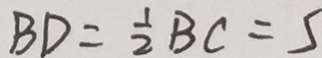
B D = \frac { 1 } { 2 } B C = 5